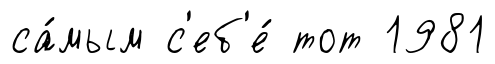
са́мым с'еб'е́ тот 1981